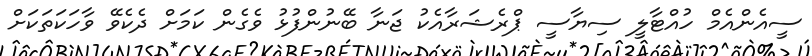
ސީއެންއެމް ހުއްޓާލީ ސިޔާސީ ޕްރެޝަރާއެކު ޖަނާ ބޭނުންފުޅު ވެގެން ކަމަށް ދެކެވޭ ވާހަކަތަކަށް